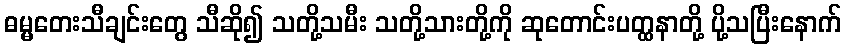
ဓမ္မတေးသီချင်းတွေ သီဆို၍ သတို့သမီး သတို့သားတို့ကို ဆုတောင်းပတ္ထနာတို့ ပို့သပြီးနောက်